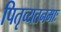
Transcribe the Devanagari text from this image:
पितृव्यतनमाः